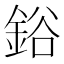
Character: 鋊